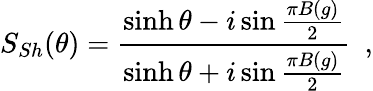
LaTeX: S_{Sh}(\theta)=\frac{\sinh\theta-i\sin\frac{\pi B(g)}{2}}{\sinh\theta+i\sin\frac{\pi B(g)}{2}}\, \, \, ,